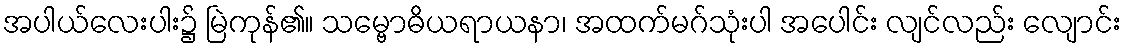
အပါယ်လေးပါး၌ မြဲကုန်၏။ သမ္ဗောဓိယရာယနာ၊ အထက်မဂ်သုံးပါ အပေါင်း လျင်လည်း လျောင်း